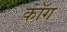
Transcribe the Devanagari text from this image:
कॉंग